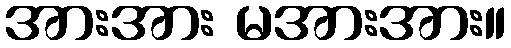
အားအား မအားအား။